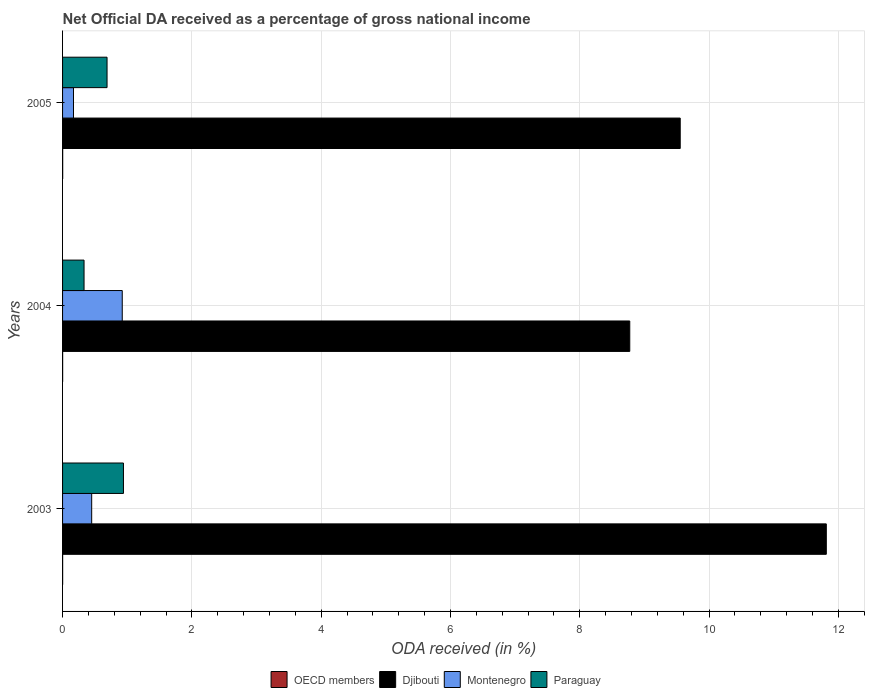
| Years | OECD members | Djibouti | Montenegro | Paraguay |
 | --- | --- | --- | --- | --- |
 | 2003 | 0.00118 | 11.8 | 0.45 | 0.942 |
 | 2004 | 0.00127 | 8.77 | 0.923 | 0.332 |
 | 2005 | 0.002 | 9.55 | 0.169 | 0.688 |